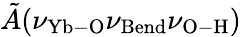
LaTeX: \tilde{A}(\nu_{\mathrm{Yb-O}}\nu_{\mathrm{Bend}}\nu_{\mathrm{O-H}})